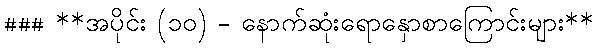
### **အပိုင်း (၁၀) - နောက်ဆုံးရောနှောစာကြောင်းများ**